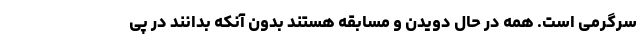
سرگرمی است. همه در حال دویدن و مسابقه هستند بدون آنکه بدانند در پی